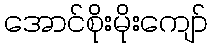
အောင်စိုးမိုးကျော်